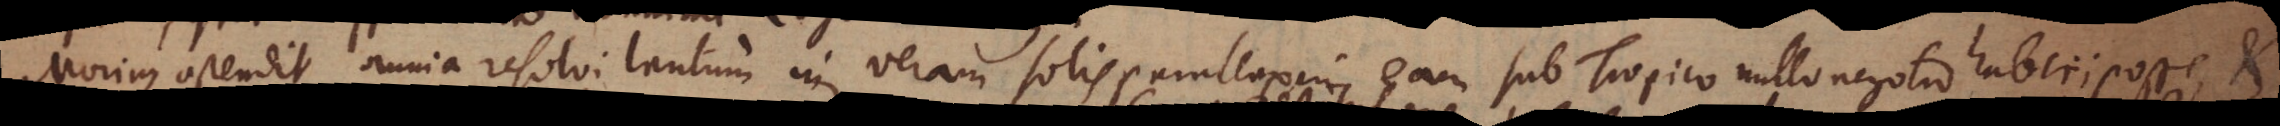
Morinus ostendit omnia resolvi tantum in veram solis parallaxin eam sub Tropico nullo negotio haberi posse, et